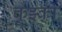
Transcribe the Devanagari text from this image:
कुझ्को